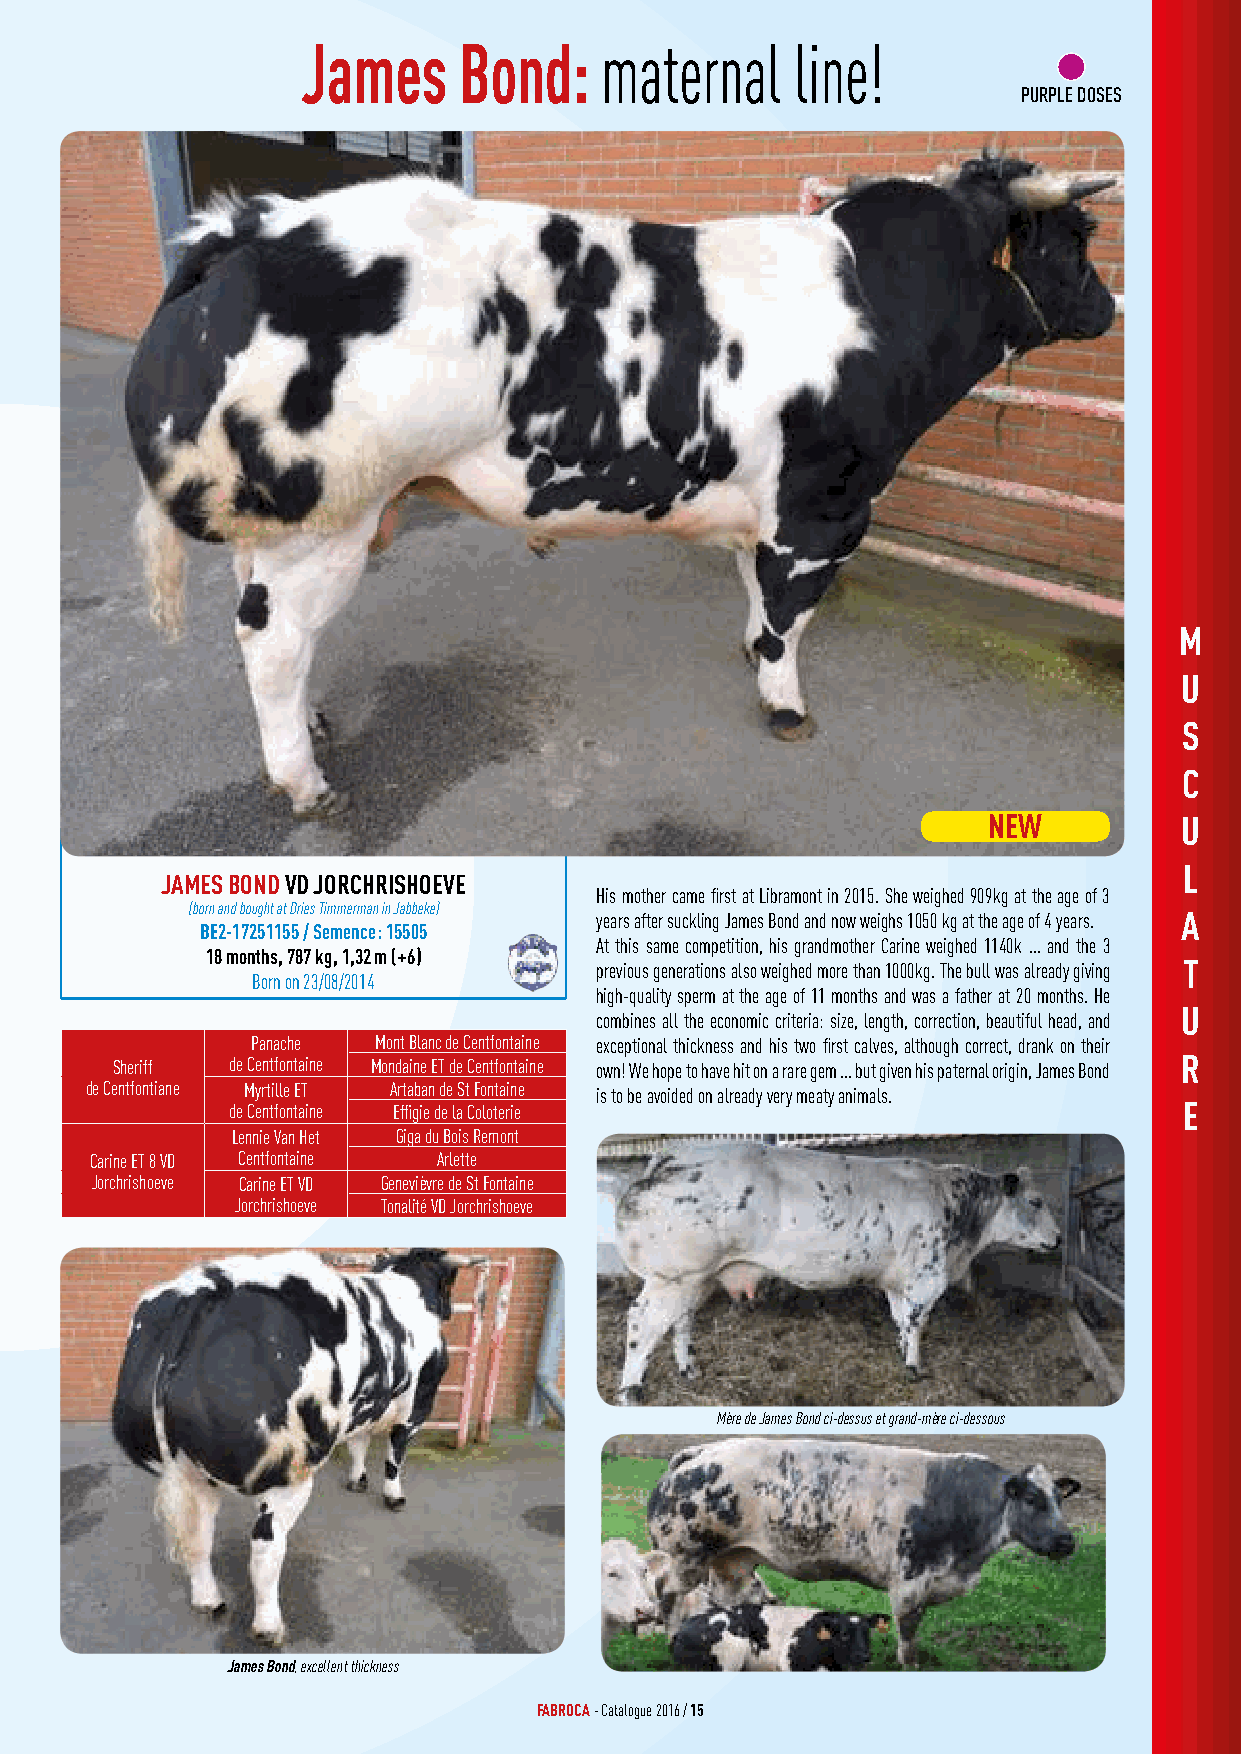
James     Bond:     maternal     line!
 PURPLE DOSES
 M
 U
 S
 C
 NEW          U
 L
 JAMES BOND VD JORCHRISHOEVE
 His mother came first at Libramont in 2015. She weighed 909kg at the age of 3
 (born and bought at Dries Timmerman in Jabbeke)
 years after suckling James Bond and now weighs 1050 kg at the age of 4 years. A
 BE2-17251155 / Semence: 15505
 At this same competition, his grandmother Carine weighed 1140k ... and the 3
 18 months, 787 kg, 1,32 m (+6)
 previous generations also weighed more than 1000kg. The bull was already giving T
 Born on 23/08/2014
 high-quality sperm at the age of 11 months and was a father at 20 months. He
 U
 combines all the economic criteria: size, length, correction, beautiful head, and
 Panache Mont Blanc de Centfontaine exceptional thickness and his two first calves, although correct, drank on their
 Sheriff de Centfontaine Mondaine ET de Centfontaine own! We hope to have hit on a rare gem ... but given his paternal origin, James Bond R
 de Centfontiane Myrtille ET Artaban de St Fontaine is to be avoided on already very meaty animals.
 de Centfontaine Effigie de la Coloterie                        E
 Lennie Van Het Giga du Bois Remont
 Carine ET 8 VD Centfontaine Arlette
 Jorchrishoeve Carine ET VD Genevièvre de St Fontaine
 Jorchrishoeve Tonalité VD Jorchrishoeve
 Mère de James Bond ci-dessus et grand-mère ci-dessous
 James Bond, excellent thickness
 FABROCA - Catalogue 2016 / 15